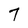
Character: 7